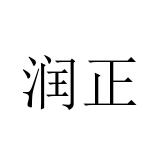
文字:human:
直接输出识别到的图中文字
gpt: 润正